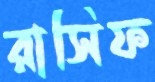
রাসিফ